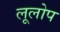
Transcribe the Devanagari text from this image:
लूलोप